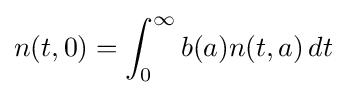
n(t,0)=\int _{0}^{\infty }b(a)n(t,a)\,dt